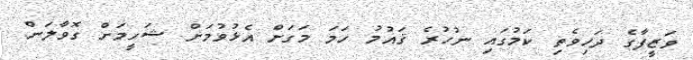
ވަޒީފާގެ ދަހިވެތި ކަމުގައި ނުހުރެ ޤައުމު ހަމަ މަގަށް އެޅުވުމަށް ޝަހީމަށް ގޮވާލަން.